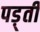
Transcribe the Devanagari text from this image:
पड़्ती